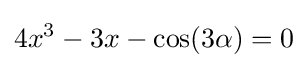
4x^{3}-3x-\cos(3\alpha )=0